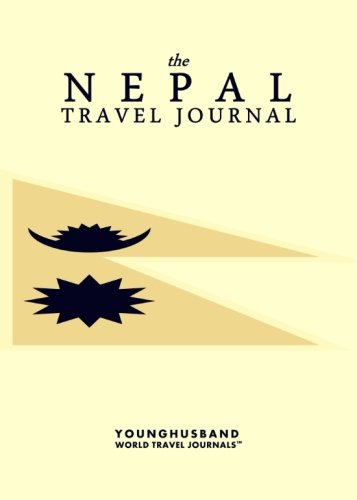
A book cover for The Nepal Travel Journal; Younghusband World Travel Journals; Travel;